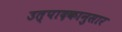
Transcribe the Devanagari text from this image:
उत्पादकानुसार